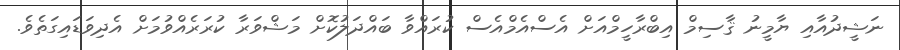
ނަޝީދުއާއި ޔާމީނު ޤާސިމް އިބްރާހީމްއަށް އެސްއެމްއެސް ކުރައްވާ ބައްދަލުކޮށް މަޝްވަރާ ކުރަރެއްވުމަށް އެދިވަޑައިގަތެވެ.